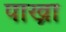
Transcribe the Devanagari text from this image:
पाख्रा